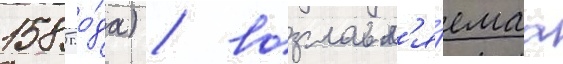
1585 го́да) / возглавл'я́емаа